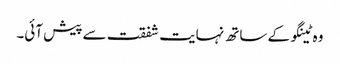
وہ ٹینگو کے ساتھ نہایت شفقت سے پیش آئی۔